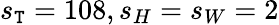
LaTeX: s_{\mathtt{T}}=108,s_{H}=s_{W}=2